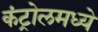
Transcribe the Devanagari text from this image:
कंट्रोलमध्ये